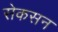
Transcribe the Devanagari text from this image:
सेकसन